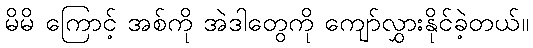
မိမိ ကြောင့် အစ်ကို အဲဒါတွေကို ကျော်လွှားနိုင်ခဲ့တယ်။